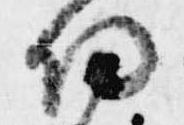
陽